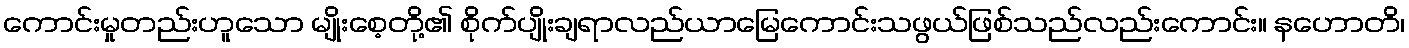
ကောင်းမှုတည်းဟူသော မျိုးစေ့တို့၏ စိုက်ပျိုးချရာလည်ယာမြေကောင်းသဖွယ်ဖြစ်သည်လည်းကောင်း။ နဟောတိ၊